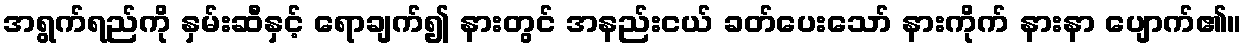
အရွက်ရည်ကို နှမ်းဆီနှင့် ရောချက်၍ နားတွင် အနည်းငယ် ခတ်ပေးသော် နားကိုက် နားနာ ပျောက်၏။